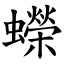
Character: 蠑